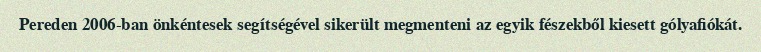
Pereden 2006-ban önkéntesek segítségével sikerült megmenteni az egyik fészekből kiesett gólyafiókát.